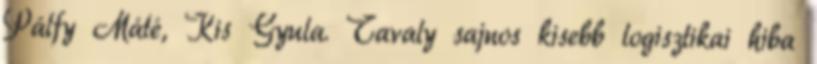
Pálfy Máté, Kis Gyula. Tavaly sajnos kisebb logisztikai hiba